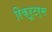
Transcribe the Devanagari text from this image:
रिक्रूटर्स